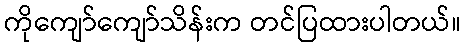
ကိုကျော်ကျော်သိန်းက တင်ပြထားပါတယ်။